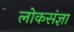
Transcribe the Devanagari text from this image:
लोकसंज्ञा